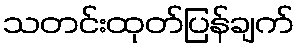
သတင်းထုတ်ပြန်ချက်